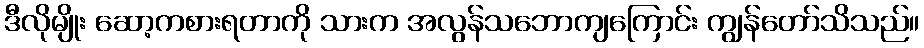
ဒီလိုမျိုး ဆော့ကစားရတာကို သားက အလွန်သဘောကျကြောင်း ကျွန်တော်သိသည်။